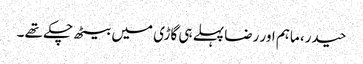
حیدر، ماہم اور رضا پہلے ہی گاڑی میں بیٹھ چکے تھے ۔